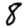
Digit: 8